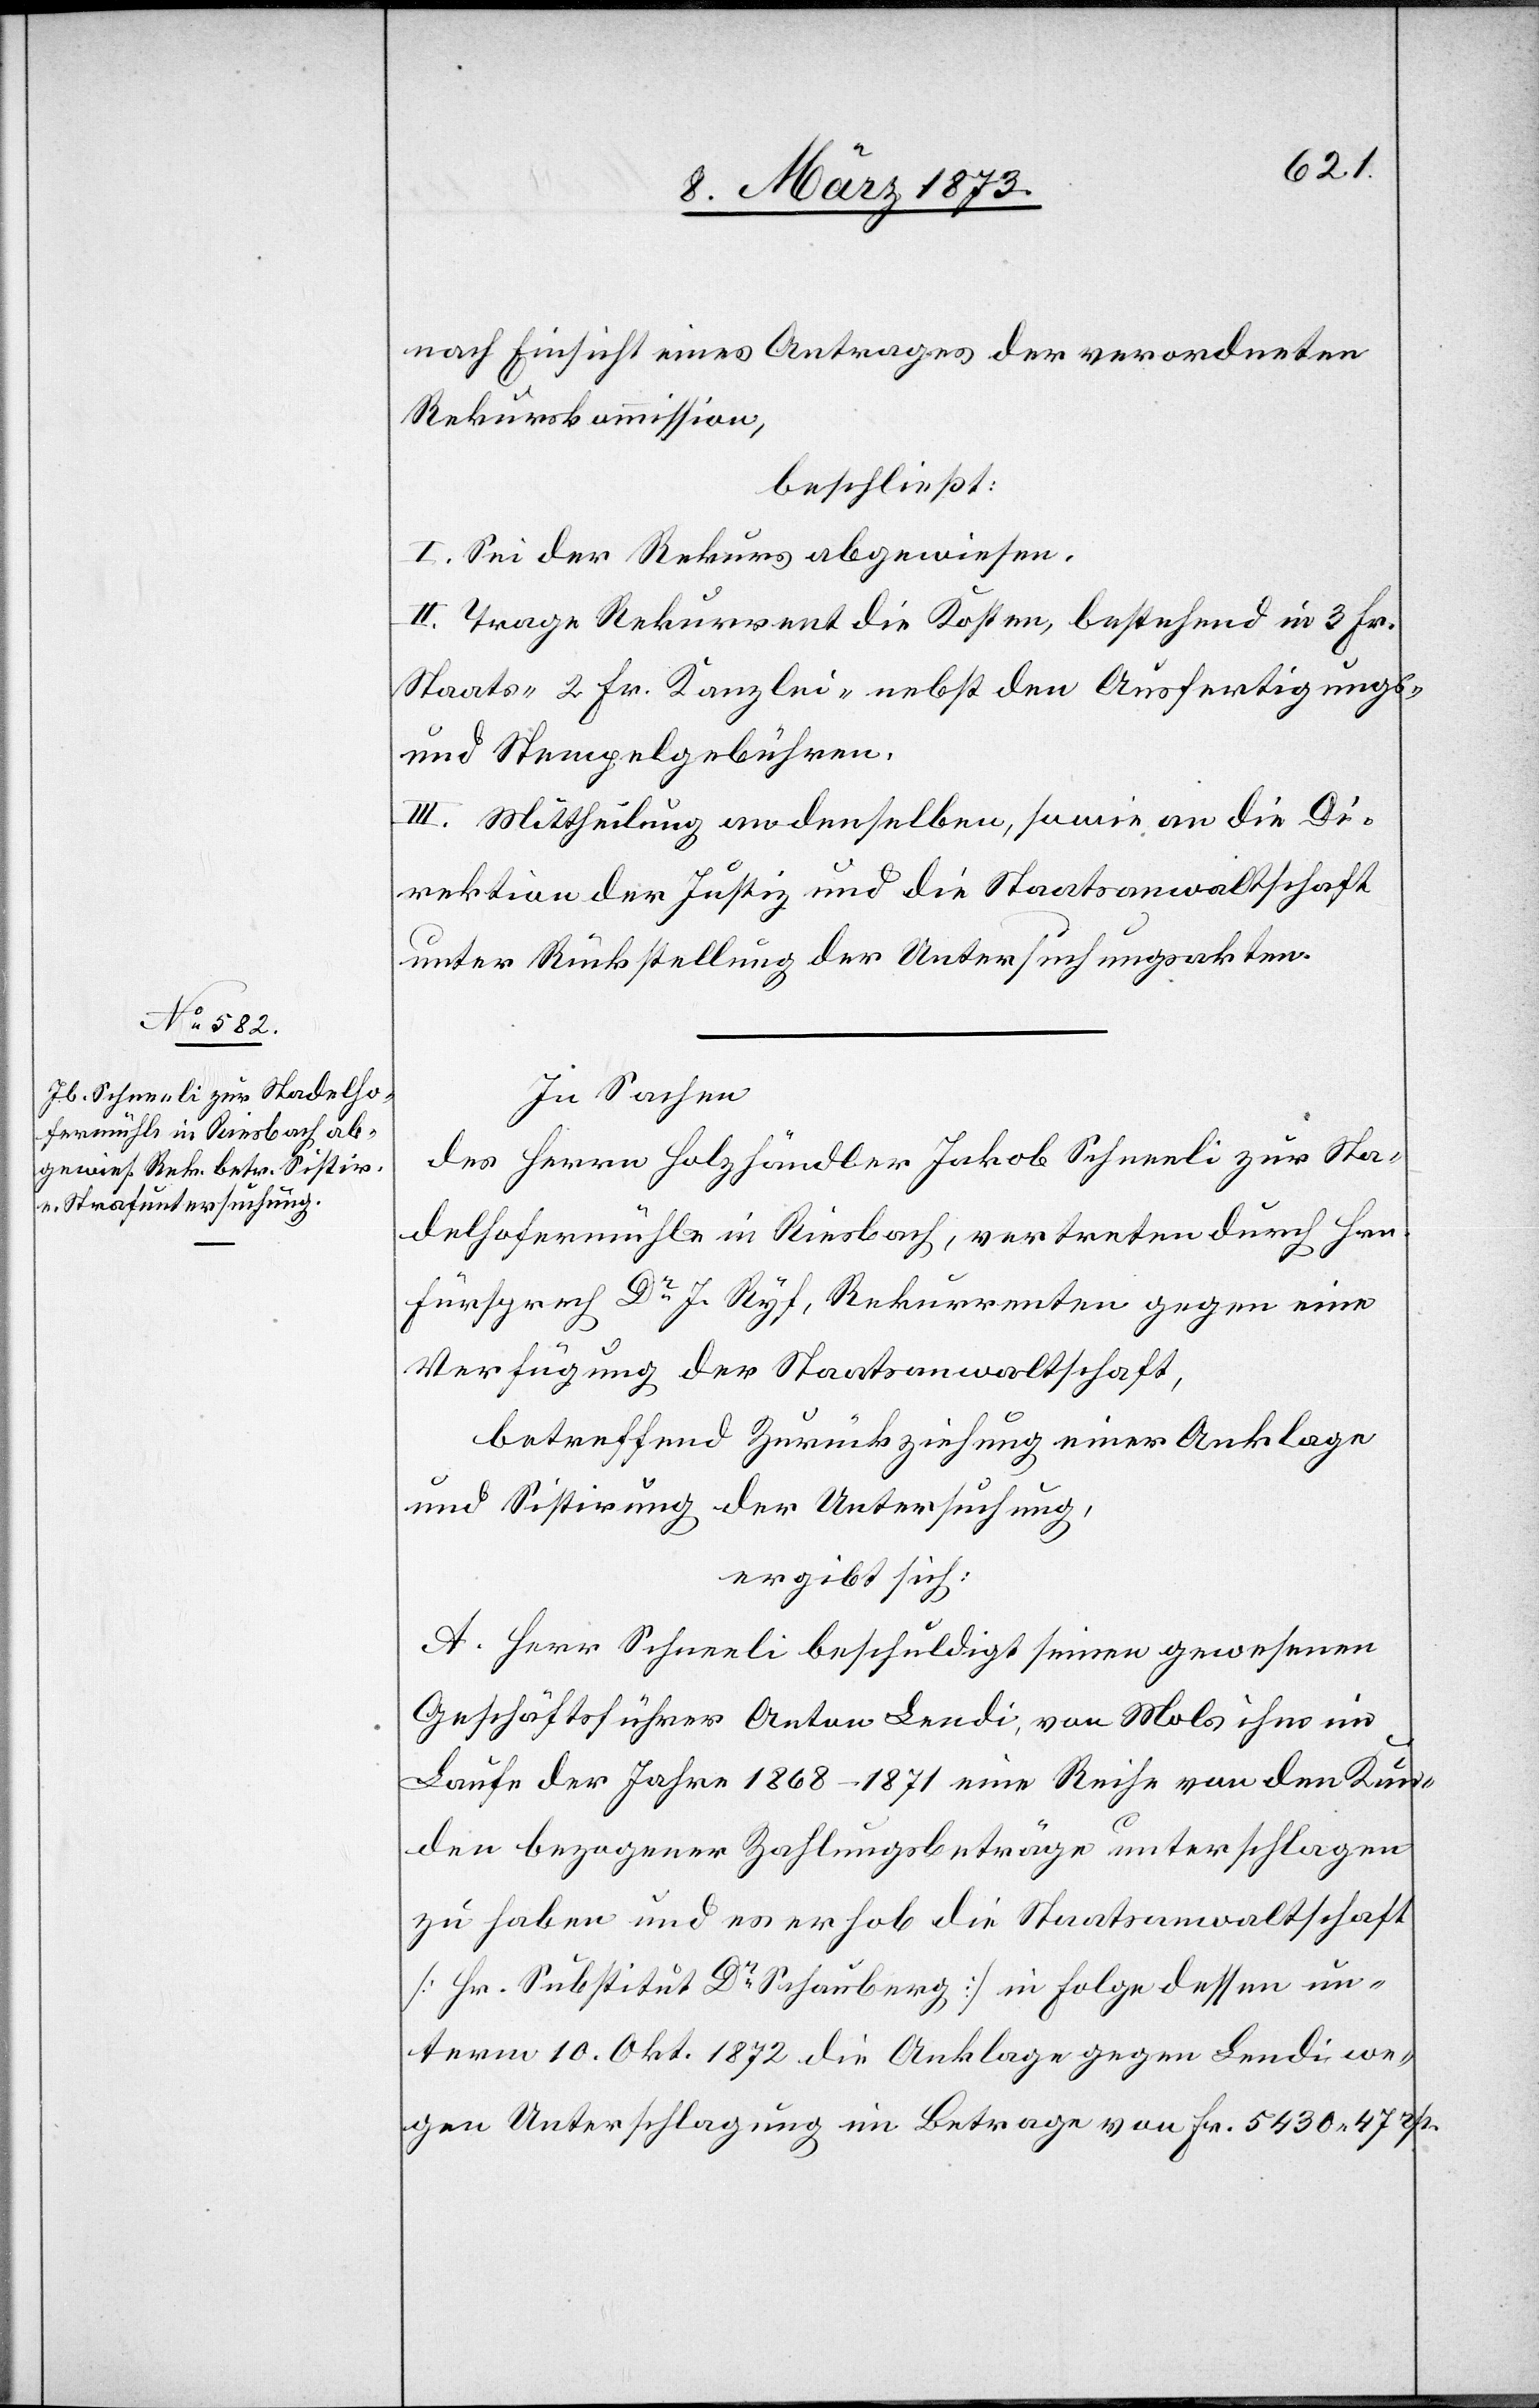
nach Einsicht eines Antrages der verordneten
Rekurskommission,
beschließt:
I. Sei der Rekurs abgewiesen.
II. Trage Rekurrent die Kosten, bestehend in 3 Fr.
Staats-[,] 2 Fr. Kanzlei- nebst den Ausfertigungs-
und Stempelgebühren.
III. Mittheilung an denselben, sowie an die Di¬
rektion der Justiz und die Staatsanwaltschaft
unter Rückstellung der Untersuchungsakten.
In Sachen
des Herrn Holzhändler Jakob Schneeli zur Sta¬
delhofermühle in Riesbach, vertreten durch Hrn.
Fürsprech Dr J. Ryf, Rekurrenten gegen eine
Verfügung der Staatsanwaltschaft,
betreffend Zurückziehung einer Anklage
und Sistirung der Untersuchung,
ergibt sich:
A. Herr Schneeli beschuldigt seinen gewesenen
Geschäftsführer Anton Lendi, von Mols ihm im
Laufe der Jahre 1868–1871 eine Reihe von den Kun¬
den bezogener Zahlungsbeträge unterschlagen
zu haben und es erhob die Staatsanwaltschaft
[Hr. Substitut Dr Schauberg] in Folge dessen un¬
term 10. Okt. 1872 die Anklage gegen Lendi we¬
gen Unterschlagung im Betrage von Fr. 5430. 47 rp.